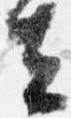
去